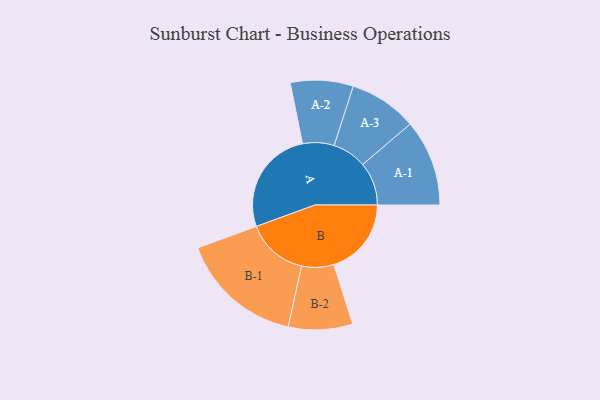
{"axis": {"x": "Segment", "y": "Value"}, "legend": ["", "A", "B"], "data": [{"x": "A", "y": 437, "type": ""}, {"x": "B", "y": 321, "type": ""}, {"x": "A-1", "y": 179, "type": "A"}, {"x": "A-2", "y": 130, "type": "A"}, {"x": "A-3", "y": 141, "type": "A"}, {"x": "B-1", "y": 255, "type": "B"}, {"x": "B-2", "y": 133, "type": "B"}]}